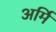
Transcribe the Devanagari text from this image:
अर्मि